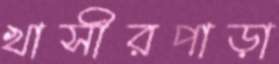
খাসীরপাড়া